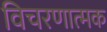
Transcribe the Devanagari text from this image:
विचरणात्मक